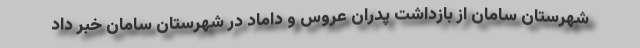
شهرستان سامان از بازداشت پدران عروس و داماد در شهرستان سامان خبر داد